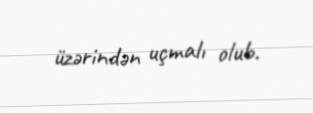
üzərindən uçmalı olub.